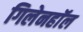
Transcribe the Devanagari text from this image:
गिलेनहाॅल